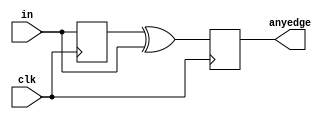
module top_module (
    input wire       clk, 
    input wire [7:0] in,
    output reg [7:0] anyedge
    );
    
    reg [7:0] prev_in;
    
    always @(posedge clk)
    begin
        prev_in <= in;
        anyedge <= prev_in ^ in;
    end
        
endmodule